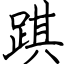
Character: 踑